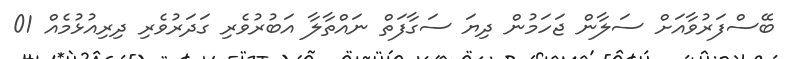
ބޭސްފަރުވާއަށް ސަލާން ޖަހަމުން ދިޔަ ސަގާފަތް ނައްތާލާ އަބުރުވެރި ގަދަރުވެރި ދިރިއުޅުމެއް 01